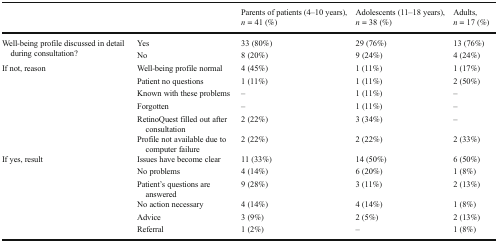
<table><thead><tr><td></td><td></td><td><b>Parents of patients (4–10 years), <i>n</i> = 41 (%)</b></td><td><b>Adolescents (11–18 years), <i>n</i> = 38 (%)</b></td><td><b>Adults, <i>n</i> = 17 (%)</b></td></tr></thead><tbody><tr><td rowspan="2">Well-being profile discussed in detail during consultation?</td><td>Yes</td><td>33 (80%)</td><td>29 (76%)</td><td>13 (76%)</td></tr><tr><td>No</td><td>8 (20%)</td><td>9 (24%)</td><td>4 (24%)</td></tr><tr><td rowspan="6">If not, reason</td><td>Well-being profile normal</td><td>4 (45%)</td><td>1 (11%)</td><td>1 (17%)</td></tr><tr><td>Patient no questions</td><td>1 (11%)</td><td>1 (11%)</td><td>2 (50%)</td></tr><tr><td>Known with these problems</td><td>–</td><td>1 (11%)</td><td>–</td></tr><tr><td>Forgotten</td><td>–</td><td>1 (11%)</td><td>–</td></tr><tr><td>RetinoQuest filled out after consultation</td><td>2 (22%)</td><td>3 (34%)</td><td>–</td></tr><tr><td>Profile not available due to computer failure</td><td>2 (22%)</td><td>2 (22%)</td><td>2 (33%)</td></tr><tr><td rowspan="6">If yes, result</td><td>Issues have become clear</td><td>11 (33%)</td><td>14 (50%)</td><td>6 (50%)</td></tr><tr><td>No problems</td><td>4 (14%)</td><td>6 (20%)</td><td>1 (8%)</td></tr><tr><td>Patient’s questions are answered</td><td>9 (28%)</td><td>3 (11%)</td><td>2 (13%)</td></tr><tr><td>No action necessary</td><td>4 (14%)</td><td>4 (14%)</td><td>1 (8%)</td></tr><tr><td>Advice</td><td>3 (9%)</td><td>2 (5%)</td><td>2 (13%)</td></tr><tr><td>Referral</td><td>1 (2%)</td><td>–</td><td>1 (8%)</td></tr></tbody></table>